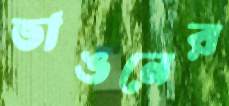
ভাঙনের